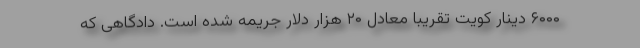
۶۰۰۰ دینار کویت تقریبا معادل ۲۰ هزار دلار جریمه شده است. دادگاهی که